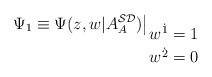
\begin{align*}\Psi _{1}\equiv \Psi (z,w|A_{A}^{{\cal SD}})\big |_{\displaystyle{w^{{\dot 1}}=1\atop w^{{\dot 2}}=0}}\end{align*}